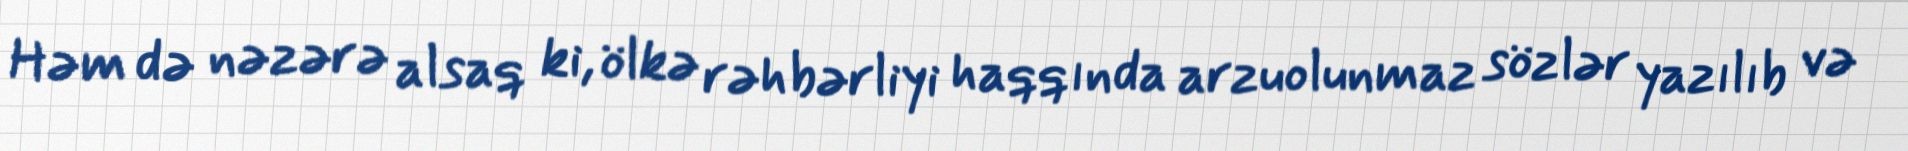
Həm də nəzərə alsaq ki, ölkə rəhbərliyi haqqında arzuolunmaz sözlər yazılıb və